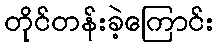
တိုင်တန်းခဲ့ကြောင်း